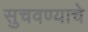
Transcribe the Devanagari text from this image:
सुचवण्याचे